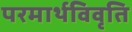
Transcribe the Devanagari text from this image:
परमार्थविवृति